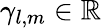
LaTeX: \gamma_{l,m}\in\mathbb{R}